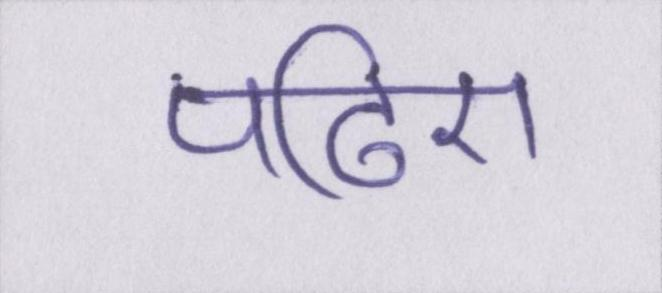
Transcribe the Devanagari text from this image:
पढ़िए